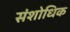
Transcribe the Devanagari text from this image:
संशोधिक